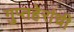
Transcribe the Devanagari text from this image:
गुप्तहेरांची